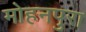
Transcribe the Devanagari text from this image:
मोहनपुरा